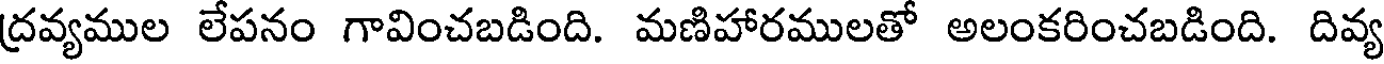
ద్రవ్యముల లేపనం గావించబడింది. మణిహారములతో అలంకరించబడింది. దివ్య